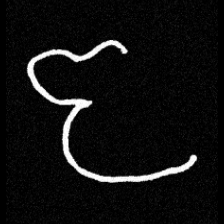
Pyu character \u2014 Myanmar letter: ဇ (romanized: ja)